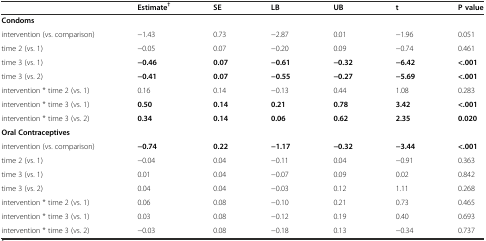
|  | Estimate† | SE | LB | UB | t | P value |
 | --- | --- | --- | --- | --- | --- | --- |
 | Condoms |  |  |  |  |  |  |
 | intervention (vs. comparison) | −1.43 | 0.73 | −2.87 | 0.01 | −1.96 | 0.051 |
 | time 2 (vs. 1) | −0.05 | 0.07 | −0.20 | 0.09 | −0.74 | 0.461 |
 | time 3 (vs. 1) | −0.46 | 0.07 | −0.61 | −0.32 | −6.42 | <.001 |
 | time 3 (vs. 2) | −0.41 | 0.07 | −0.55 | −0.27 | −5.69 | <.001 |
 | intervention * time 2 (vs. 1) | 0.16 | 0.14 | −0.13 | 0.44 | 1.08 | 0.283 |
 | intervention * time 3 (vs. 1) | 0.50 | 0.14 | 0.21 | 0.78 | 3.42 | <.001 |
 | intervention * time 3 (vs. 2) | 0.34 | 0.14 | 0.06 | 0.62 | 2.35 | 0.020 |
 | Oral Contraceptives |  |  |  |  |  |  |
 | intervention (vs. comparison) | −0.74 | 0.22 | −1.17 | −0.32 | −3.44 | <.001 |
 | time 2 (vs. 1) | −0.04 | 0.04 | −0.11 | 0.04 | −0.91 | 0.363 |
 | time 3 (vs. 1) | 0.01 | 0.04 | −0.07 | 0.09 | 0.02 | 0.842 |
 | time 3 (vs. 2) | 0.04 | 0.04 | −0.03 | 0.12 | 1.11 | 0.268 |
 | intervention * time 2 (vs. 1) | 0.06 | 0.08 | −0.10 | 0.21 | 0.73 | 0.465 |
 | intervention * time 3 (vs. 1) | 0.03 | 0.08 | −0.12 | 0.19 | 0.40 | 0.693 |
 | intervention * time 3 (vs. 2) | −0.03 | 0.08 | −0.18 | 0.13 | −0.34 | 0.737 |